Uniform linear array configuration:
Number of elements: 32
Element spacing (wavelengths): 1
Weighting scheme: hann
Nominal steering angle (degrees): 30
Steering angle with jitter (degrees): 30.976
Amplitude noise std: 0.05
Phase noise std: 0.05

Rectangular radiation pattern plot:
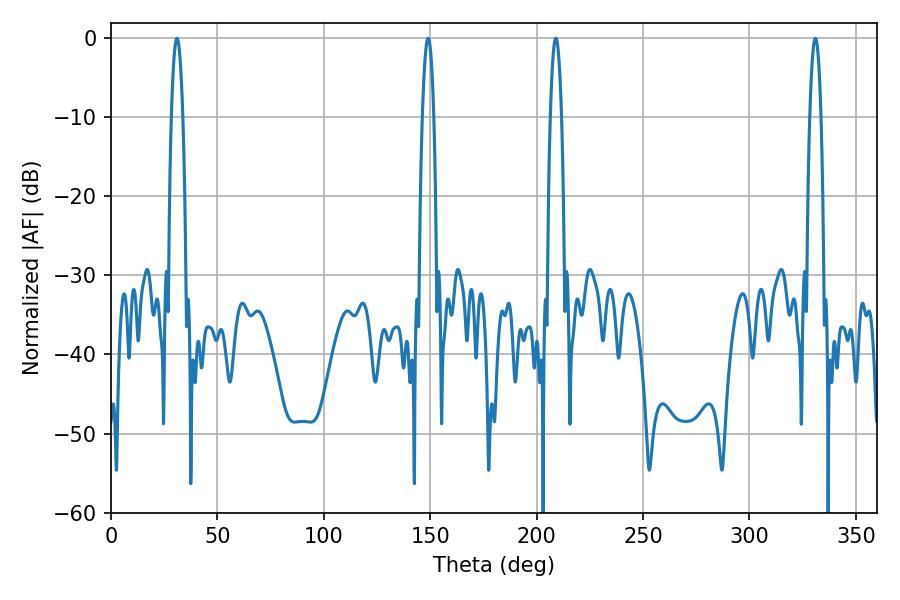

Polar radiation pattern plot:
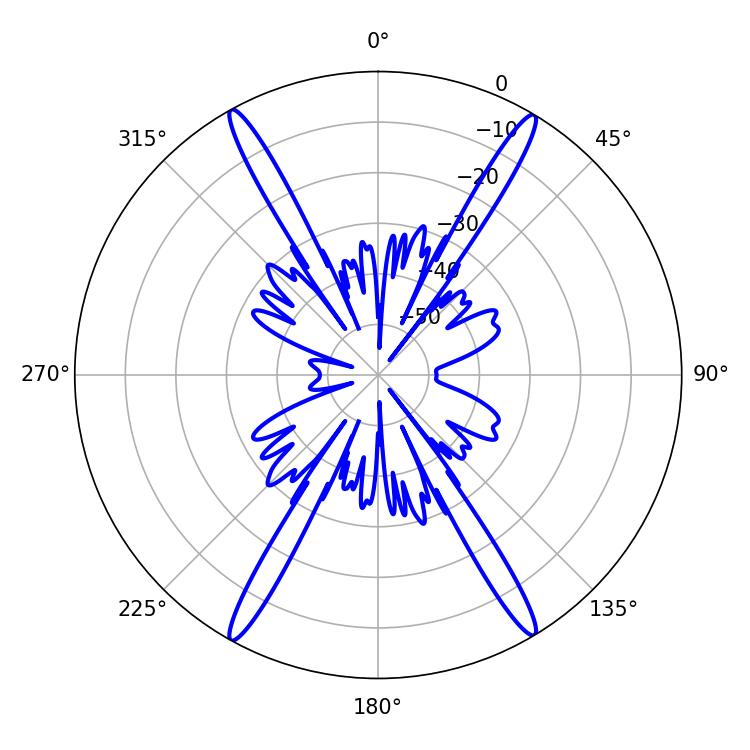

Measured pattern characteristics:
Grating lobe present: TRUE
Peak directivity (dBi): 26.614
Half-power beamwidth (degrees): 2.88
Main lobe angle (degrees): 30.96